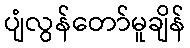
ပျံလွန်တော်မူချိန်